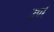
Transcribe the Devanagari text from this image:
उपरें